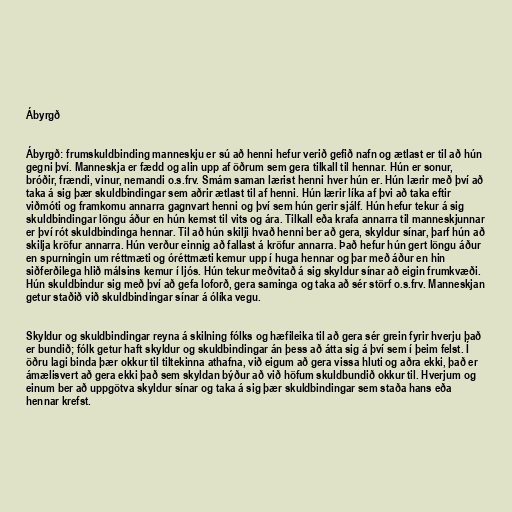
Ábyrgð

Ábyrgð: frumskuldbinding manneskju er sú að henni hefur verið gefið nafn og ætlast er til að hún
gegni því. Manneskja er fædd og alin upp af öðrum sem gera tilkall til hennar. Hún er sonur,
bróðir, frændi, vinur, nemandi o.s.frv. Smám saman lærist henni hver hún er. Hún lærir með því að
taka á sig þær skuldbindingar sem aðrir ætlast til af henni. Hún lærir líka af þvi að taka eftir
viðmóti og framkomu annarra gagnvart henni og því sem hún gerir sjálf. Hún hefur tekur á sig
skuldbindingar löngu áður en hún kemst til vits og ára. Tilkall eða krafa annarra til manneskjunnar
er því rót skuldbindinga hennar. Til að hún skilji hvað henni ber að gera, skyldur sínar, þarf hún að
skilja kröfur annarra. Hún verður einnig að fallast á kröfur annarra. Það hefur hún gert löngu áður
en spurningin um réttmæti og óréttmæti kemur upp í huga hennar og þar með áður en hin
siðferðilega hlið málsins kemur í ljós. Hún tekur meðvitað á sig skyldur sínar að eigin frumkvæði.
Hún skuldbindur sig með því að gefa loforð, gera saminga og taka að sér störf o.s.frv. Manneskjan
getur staðið við skuldbindingar sínar á ólíka vegu.

Skyldur og skuldbindingar reyna á skilning fólks og hæfileika til að gera sér grein fyrir hverju það
er bundið; fólk getur haft skyldur og skuldbindingar án þess að átta sig á því sem í þeim felst. Í
öðru lagi binda þær okkur til tiltekinna athafna, við eigum að gera vissa hluti og aðra ekki, það er
ámælisvert að gera ekki það sem skyldan býður að við höfum skuldbundið okkur til. Hverjum og
einum ber að uppgötva skyldur sínar og taka á sig þær skuldbindingar sem staða hans eða
hennar krefst.